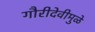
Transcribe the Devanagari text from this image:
गौरीदेवीमुळे